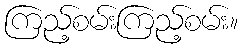
ကြည့်စမ်းကြည့်စမ်း။